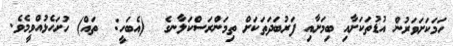
ހަމަކަށަވަރުން އުޑުތަކަށާއި ބިމަށާއި ފަރުބަދަތަކަށް ތިމަންރަސްކަލާނގެ  (އެބަހީ:  ތައް) ހުށަހެޅުއްވީމެވެ.